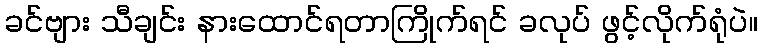
ခင်ဗျား သီချင်း နားထောင်ရတာကြိုက်ရင် ခလုပ် ဖွင့်လိုက်ရုံပဲ။